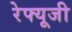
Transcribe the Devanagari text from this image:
रेफ्यूजी